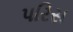
પરિસ